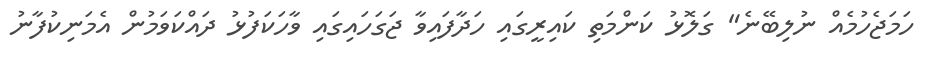
ހަމަޖެހުމެއް ނުލިބޭނެ" ގަލޮޅު ކަންމަތި ކައިރީގައި ހަދާފައިވާ ޖަގަހައިގައި ވާހަކަފުޅު ދައްކަވަމުން އެމަނިކުފާނު